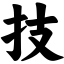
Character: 技